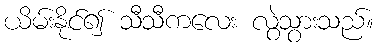
ယိမ်းနိုင်၍ သီသီကလေး လွဲသွားသည်။